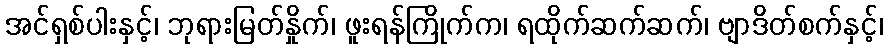
အင်ရှစ်ပါးနှင့်၊ ဘုရားမြတ်နှိုက်၊ ဖူးရန်ကြိုက်က၊ ရထိုက်ဆက်ဆက်၊ ဗျာဒိတ်စက်နှင့်၊